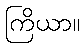
ကြိယာ။